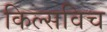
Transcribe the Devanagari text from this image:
किल्सविच